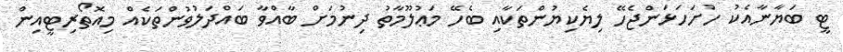
ޓީ ބަޔާނާއެކު ހުށަހަޅަންޖެހޭ ލިޔެކިޔުންތަކާއި ބެހޭ މަޢުލޫމާތު ދިނުމަށް ބާއްވާ ބައްދަލުވުންތަކެއް މިއޮތޯރިޓީއިން